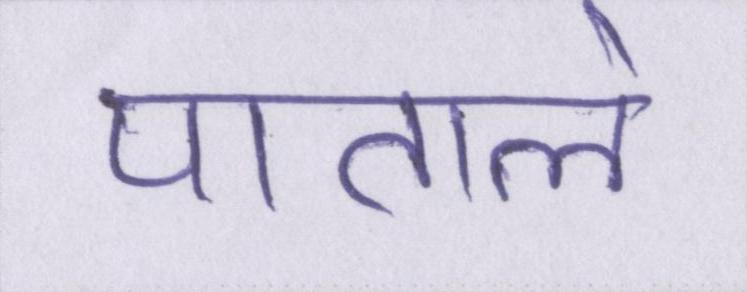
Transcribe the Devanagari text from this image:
पाताले